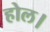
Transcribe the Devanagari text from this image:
होल।